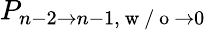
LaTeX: P_{n-2\to n-1,\mathrm{~w~/~o~}\to 0}